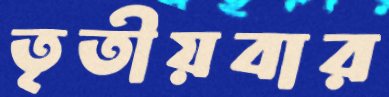
তৃতীয়বার